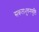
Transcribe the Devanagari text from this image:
सकलभुवनसृष्टिः